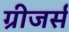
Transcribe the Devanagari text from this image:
ग्रीजर्स